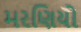
મરણિયો